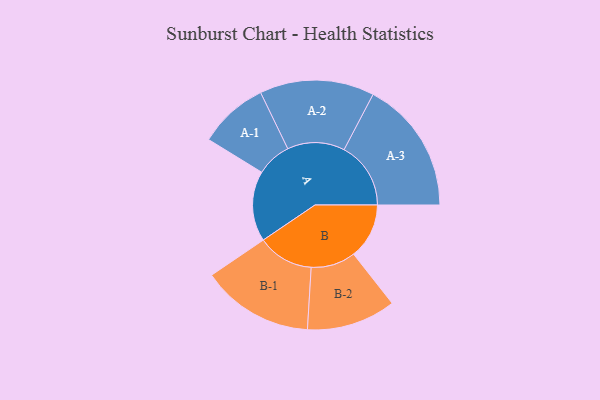
{"axis": {"x": "Segment", "y": "Value"}, "legend": ["", "A", "B"], "data": [{"x": "A", "y": 232, "type": ""}, {"x": "B", "y": 183, "type": ""}, {"x": "A-1", "y": 115, "type": "A"}, {"x": "A-2", "y": 189, "type": "A"}, {"x": "A-3", "y": 220, "type": "A"}, {"x": "B-1", "y": 185, "type": "B"}, {"x": "B-2", "y": 147, "type": "B"}]}